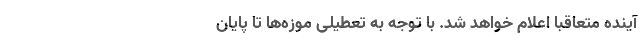
آینده متعاقباً اعلام خواهد شد. با توجه به تعطیلی موزه‌ها تا پایان